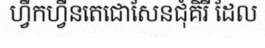
ហ្វឹកហ្វឺនតេជោសែនជុំគិរី ដែល